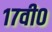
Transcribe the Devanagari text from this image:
१७वी०